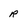
Character: r